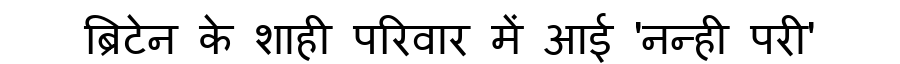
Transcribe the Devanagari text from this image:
ब्रिटेन के शाही परिवार में आई 'नन्ही परी'